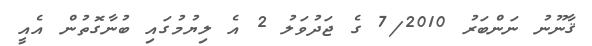
ޤާނޫނު ނަންބަރު 7/2010 ގެ ޖަދުވަލު 2 އެ ލިޔުމުގައި ބުނާގޮތުން އެއީ